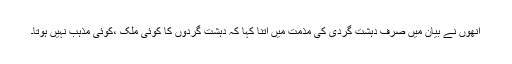
انھوں نے بیان میں صرف دہشت گردی کی مذمت میں اتنا کہا کہ دہشت گردوں کا کوئی ملک ،کوئی مذہب نہیں ہوتا۔